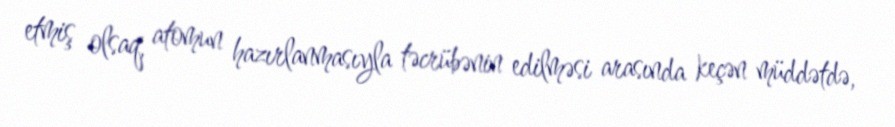
etmiş olsaq, atomun hazırlanmasıyla təcrübənin edilməsi arasında keçən müddətdə,